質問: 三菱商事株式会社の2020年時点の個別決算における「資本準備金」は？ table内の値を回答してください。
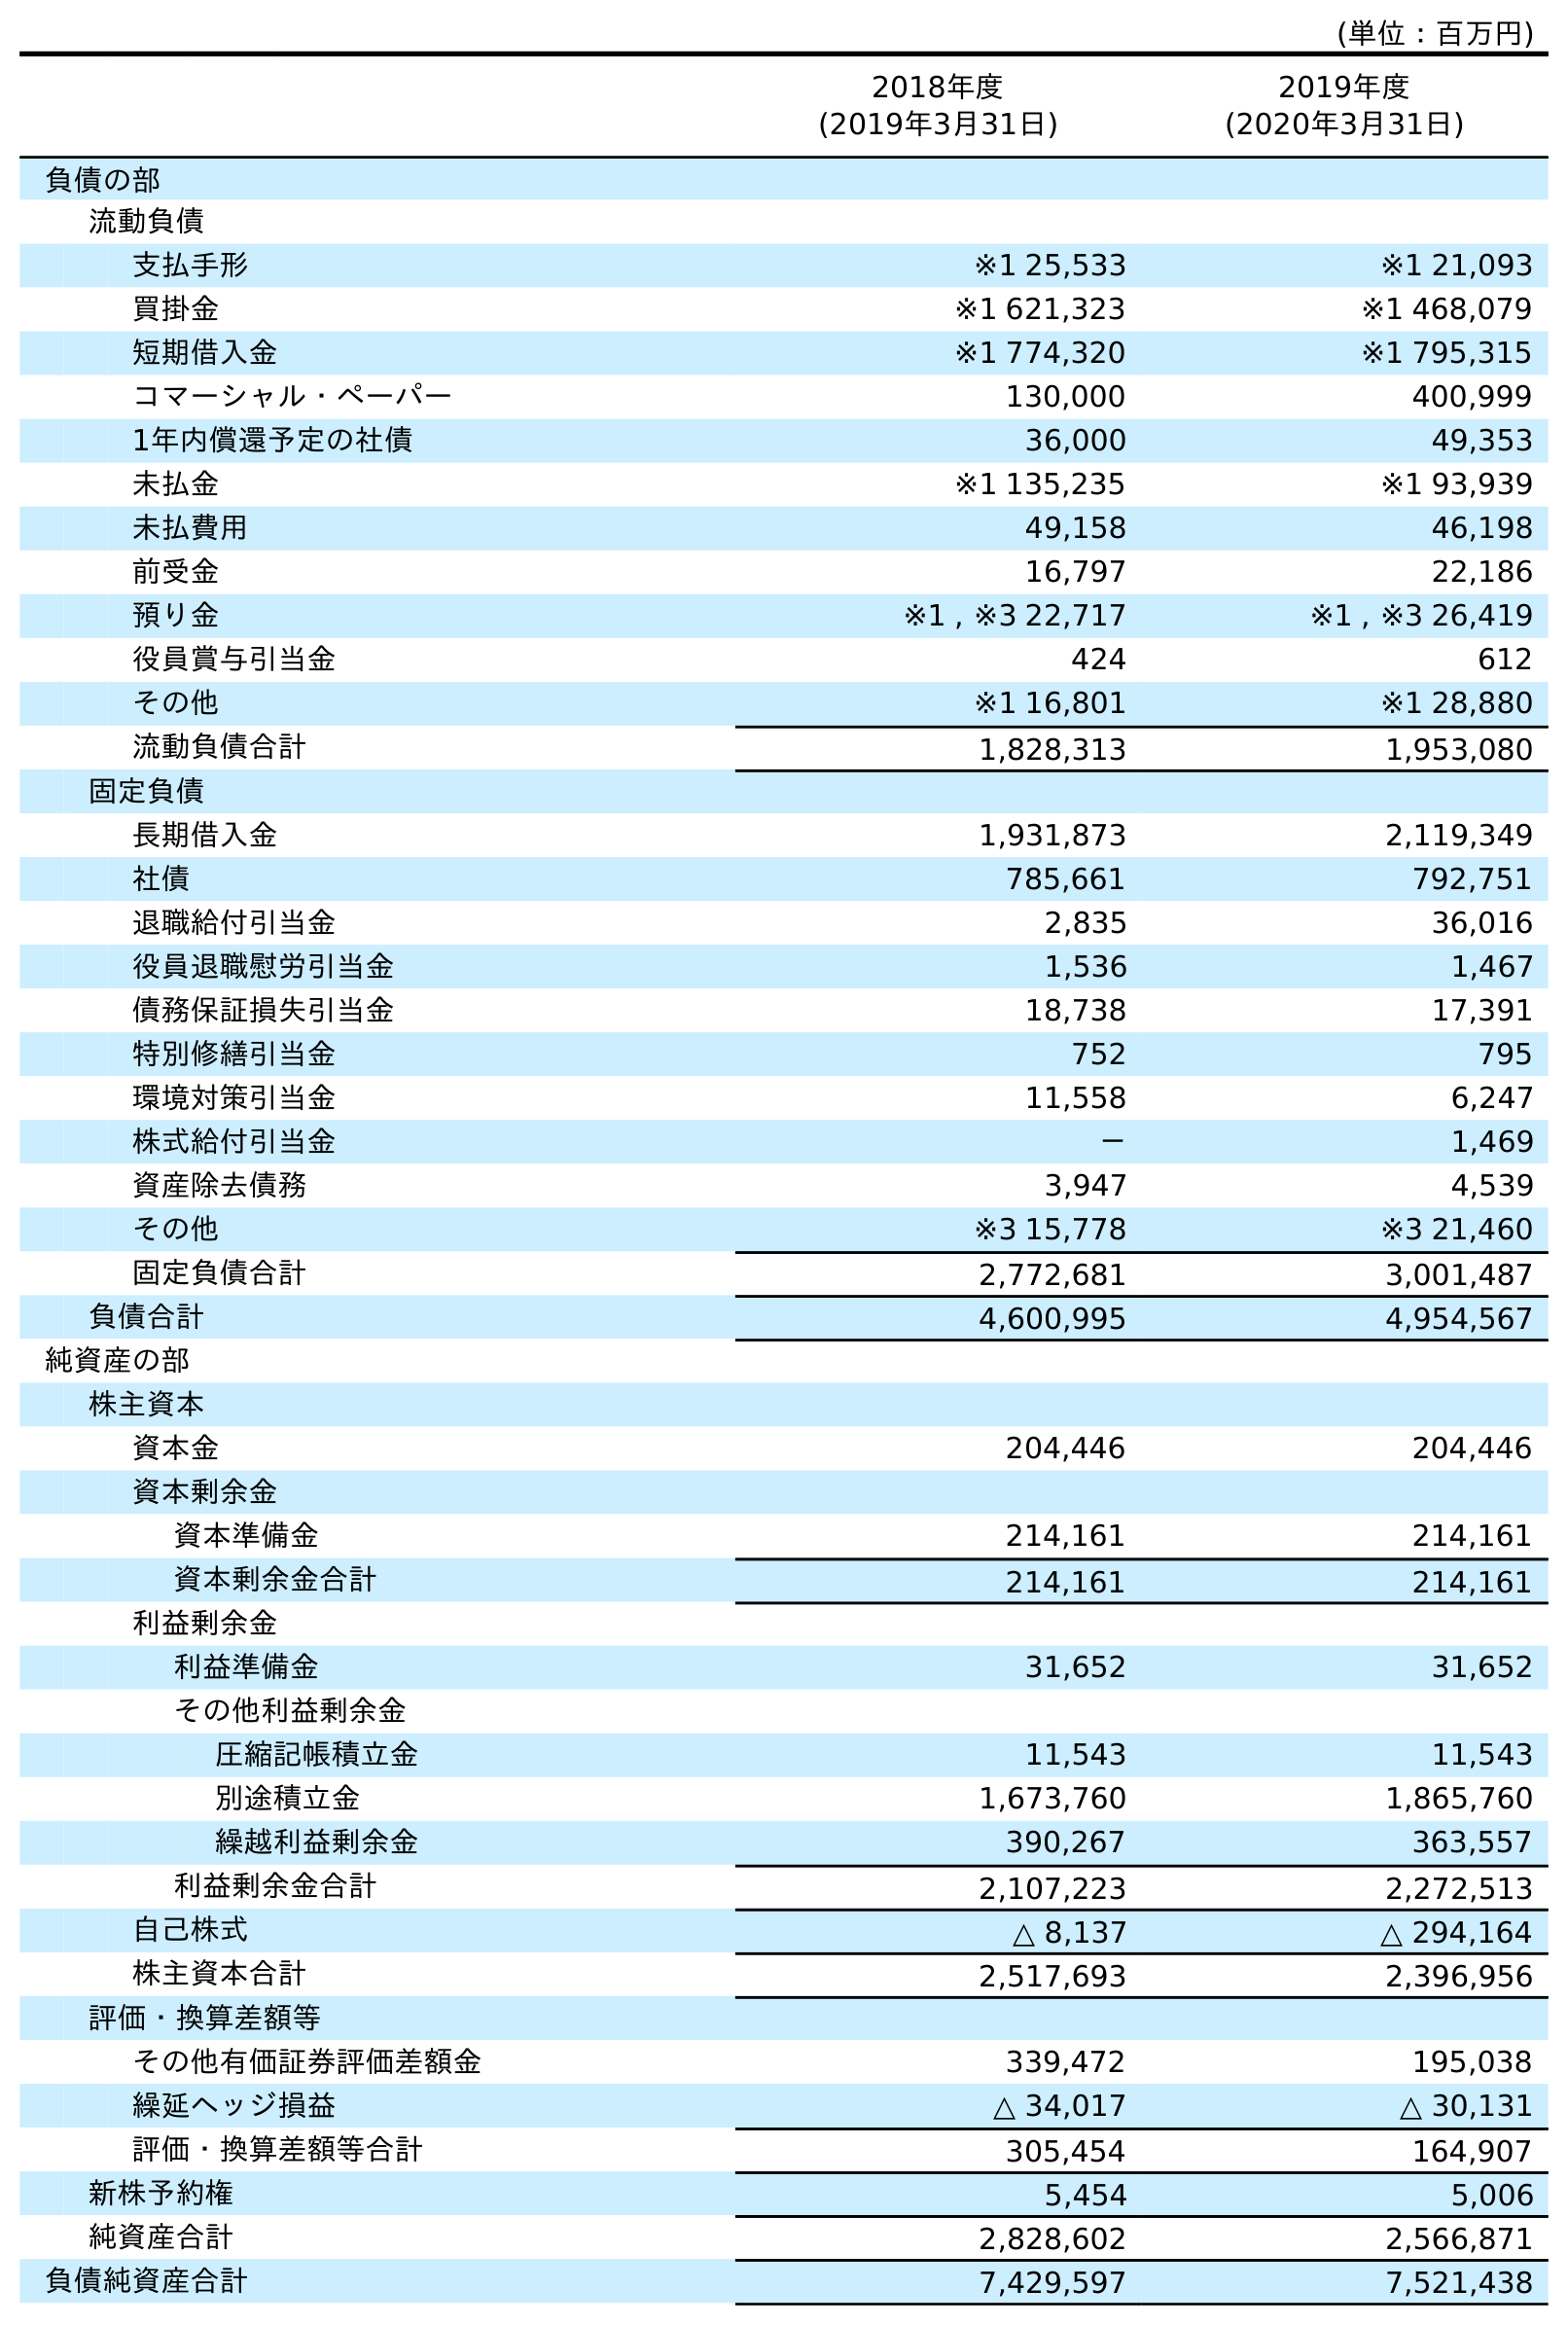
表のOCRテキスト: (単位：百万円) 2018年度 (2019年3月31日) 2019年度 (2020年3月31日) 負債の部 流動負債 支払手形 ※1 25,533 ※1 21,093 買掛金 ※1 621,323 ※1 468,079 短期借入金 ※1 774,320 ※1 795,315 コマーシャル・ペーパー 130,000 400,999 1年内償還予定の社債 36,000 49,353 未払金 ※1 135,235 ※1 93,939 未払費用 49,158 46,198 前受金 16,797 22,186 預り金 ※1 , ※3 22,717 ※1 , ※3 26,419 役員賞与引当金 424 612 その他 ※1 16,801 ※1 28,880 流動負債合計 1,828,313 1,953,080 固定負債 長期借入金 1,931,873 2,119,349 社債 785,661 792,751 退職給付引当金 2,835 36,016 役員退職慰労引当金 1,536 1,467 債務保証損失引当金 18,738 17,391 特別修繕引当金 752 795 環境対策引当金 11,558 6,247 株式給付引当金 － 1,469 資産除去債務 3,947 4,539 その他 ※3 15,778 ※3 21,460 固定負債合計 2,772,681 3,001,487 負債合計 4,600,995 4,954,567 純資産の部 株主資本 資本金 204,446 204,446 資本剰余金 資本準備金 214,161 214,161 資本剰余金合計 214,161 214,161 利益剰余金 利益準備金 31,652 31,652 その他利益剰余金 圧縮記帳積立金 11,543 11,543 別途積立金 1,673,760 1,865,760 繰越利益剰余金 390,267 363,557 利益剰余金合計 2,107,223 2,272,513 自己株式 △ 8,137 △ 294,164 株主資本合計 2,517,693 2,396,956 評価・換算差額等 その他有価証券評価差額金 339,472 195,038 繰延ヘッジ損益 △ 34,017 △ 30,131 評価・換算差額等合計 305,454 164,907 新株予約権 5,454 5,006 純資産合計 2,828,602 2,566,871 負債純資産合計 7,429,597 7,521,438
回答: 214,161